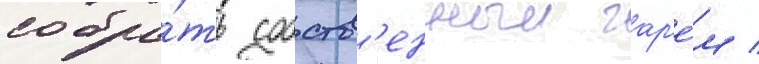
собра́ть собств'енныи гар'е́м /